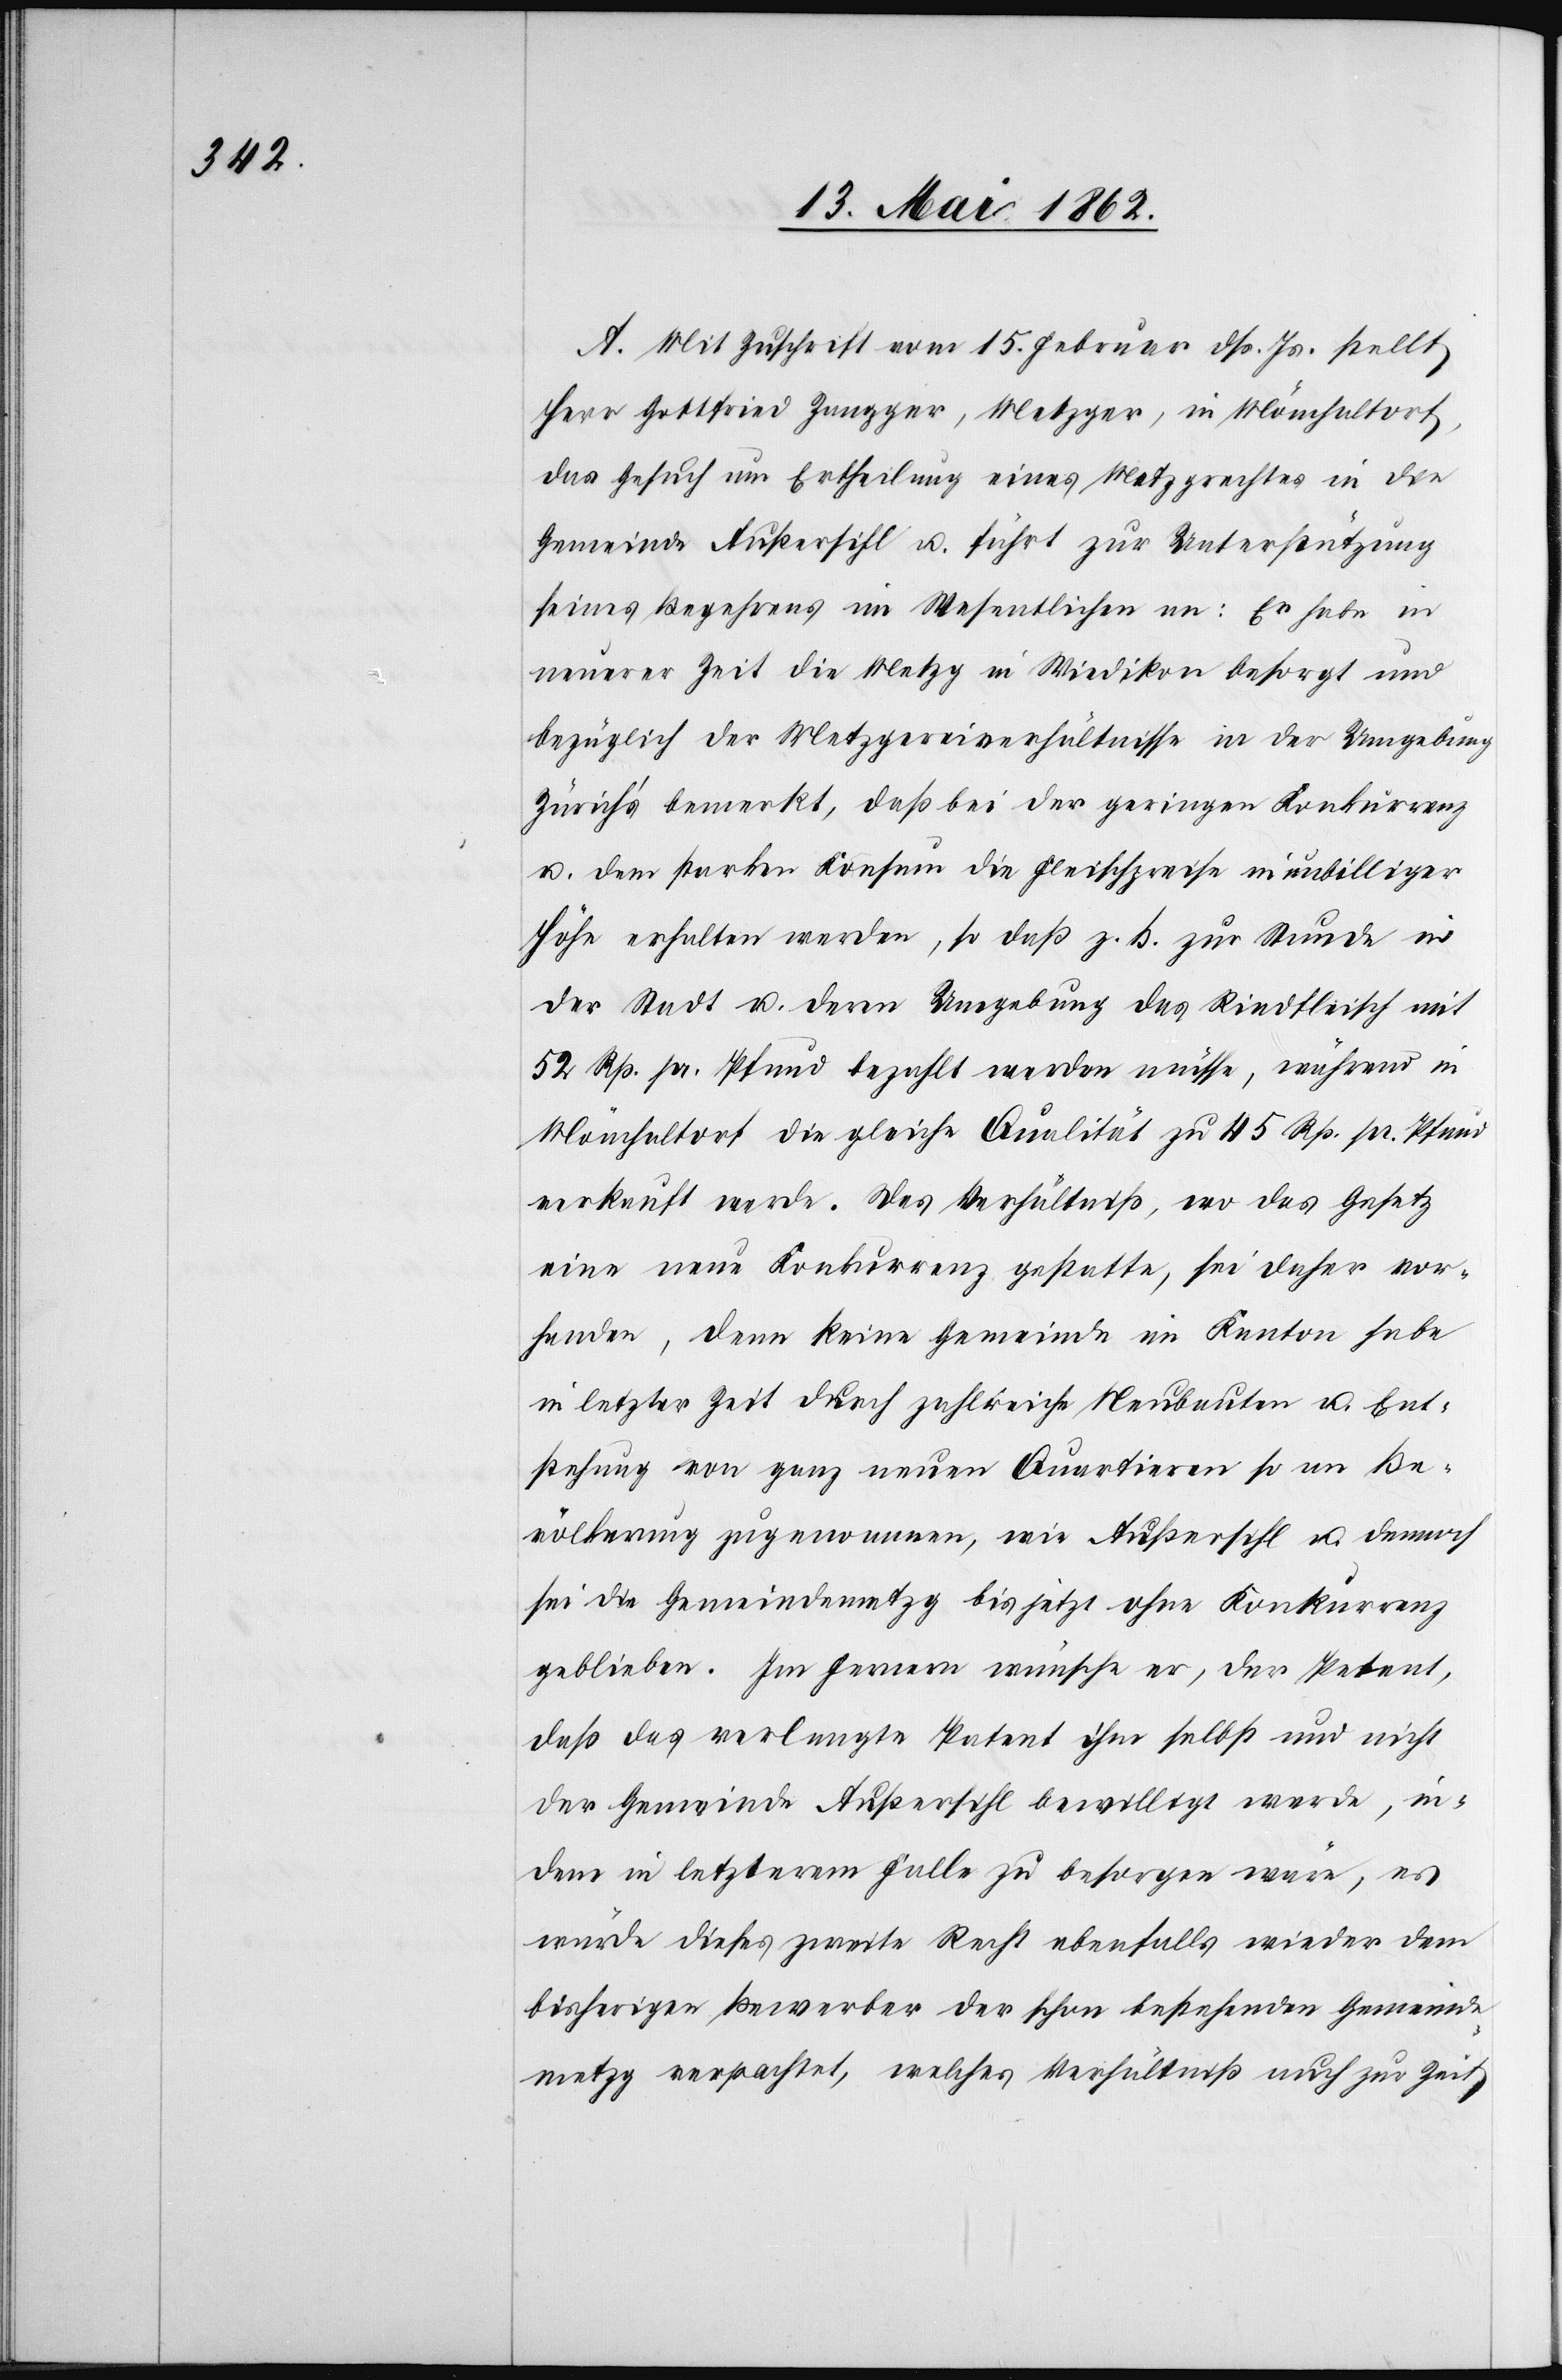
A. Mit Zuschrift vom 15. Februar dß. Js. stellt
Herr Gottfried Zangger, Metzger, in Mönchaltorf,
das Gesuch um Ertheilung eines Metzgrechtes in die
Gemeinde Außersihl u. führt zur Unterstützung
seines Begehrens im Wesentlichen an: Er habe in
neuerer Zeit die Metzg in Wiedikon besorgt und
bezüglich der Metzgereiverhältnisse in der Umgebung
Zürich’s bemerkt, daß bei der geringen Konkurrenz
u. dem starken Konsum die Fleischpreise in unbilliger
Höhe erhalten werden, so daß z. B. zur Stunde in
der Stadt u. deren Umgebung das Rindfleisch mit
52 Rp. pr. Pfund bezahlt werden müsse, während in
Mönchaltorf die gleiche Qualität zu 45 Rp. pr. Pfund
verkauft werde. Das Verhältniß, wo das Gesetz
eine neue Konkurrenz gestatte, sei daher vor¬
handen, denn keine Gemeinde im Kanton habe
in letzter Zeit durch zahlreiche Neubauten u. Ent¬
stehung von ganz neuen Quartieren so an Be¬
völkerung zugenommen, wie Außersihl u. dennoch
sei die Gemeindemetzg bis jetzt ohne Konkurrenz
geblieben. Im Fernern wünsche er, der Petent,
daß das verlangte Patent ihm selbst und nicht
der Gemeinde Außersihl bewilligt werde, in¬
dem in letzterem Falle zu besorgen wäre, es
würde dieses zweite Recht ebenfalls wieder dem
bisherigen Bewerber der schon bestehenden Gemeinde¬
metzg verpachtet, welches Verhältniß auch zur Zeit